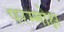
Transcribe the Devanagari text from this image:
परम्मोक्ष